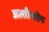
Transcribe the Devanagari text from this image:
अल्तीन्तोप